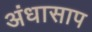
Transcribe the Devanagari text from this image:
अंधासाप